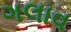
ગલાવ